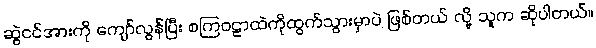
ဆွဲငင်အားကို ကျော်လွန်ပြီး စကြဝဠာထဲကိုထွက်သွားမှာပဲ ဖြစ်တယ် လို့ သူက ဆိုပါတယ်။